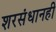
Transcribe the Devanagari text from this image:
शरसंधानही